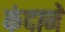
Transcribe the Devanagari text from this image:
कंदाने